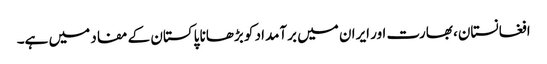
افغانستان، بھارت اور ایران میں برآمداد کو بڑھانا پاکستان کے مفاد میں ہے۔